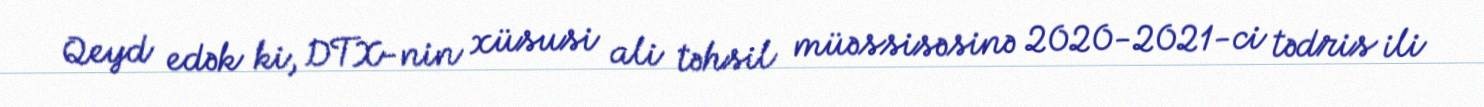
Qeyd edək ki, DTX-nin xüsusi ali təhsil müəssisəsinə 2020-2021-ci tədris ili